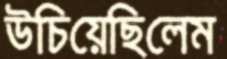
উচিয়েছিলেম